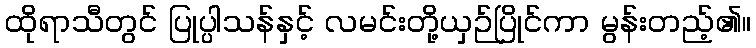
ထိုရာသီတွင် ပြုပ္ပါသန်နှင့် လမင်းတို့ယှဉ်ပြိုင်ကာ မွန်းတည့်၏။